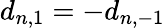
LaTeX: d_{n,1}=-d_{n,-1}